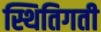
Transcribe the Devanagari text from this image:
स्थितिगती